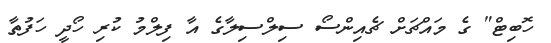
ހޮބިޓް" ގެ މައްޗަށް ޗެއިންސޯ ސިލްސިލާގެ އާ ފިލްމު ކުރި ހޯދީ ހަފުތާ